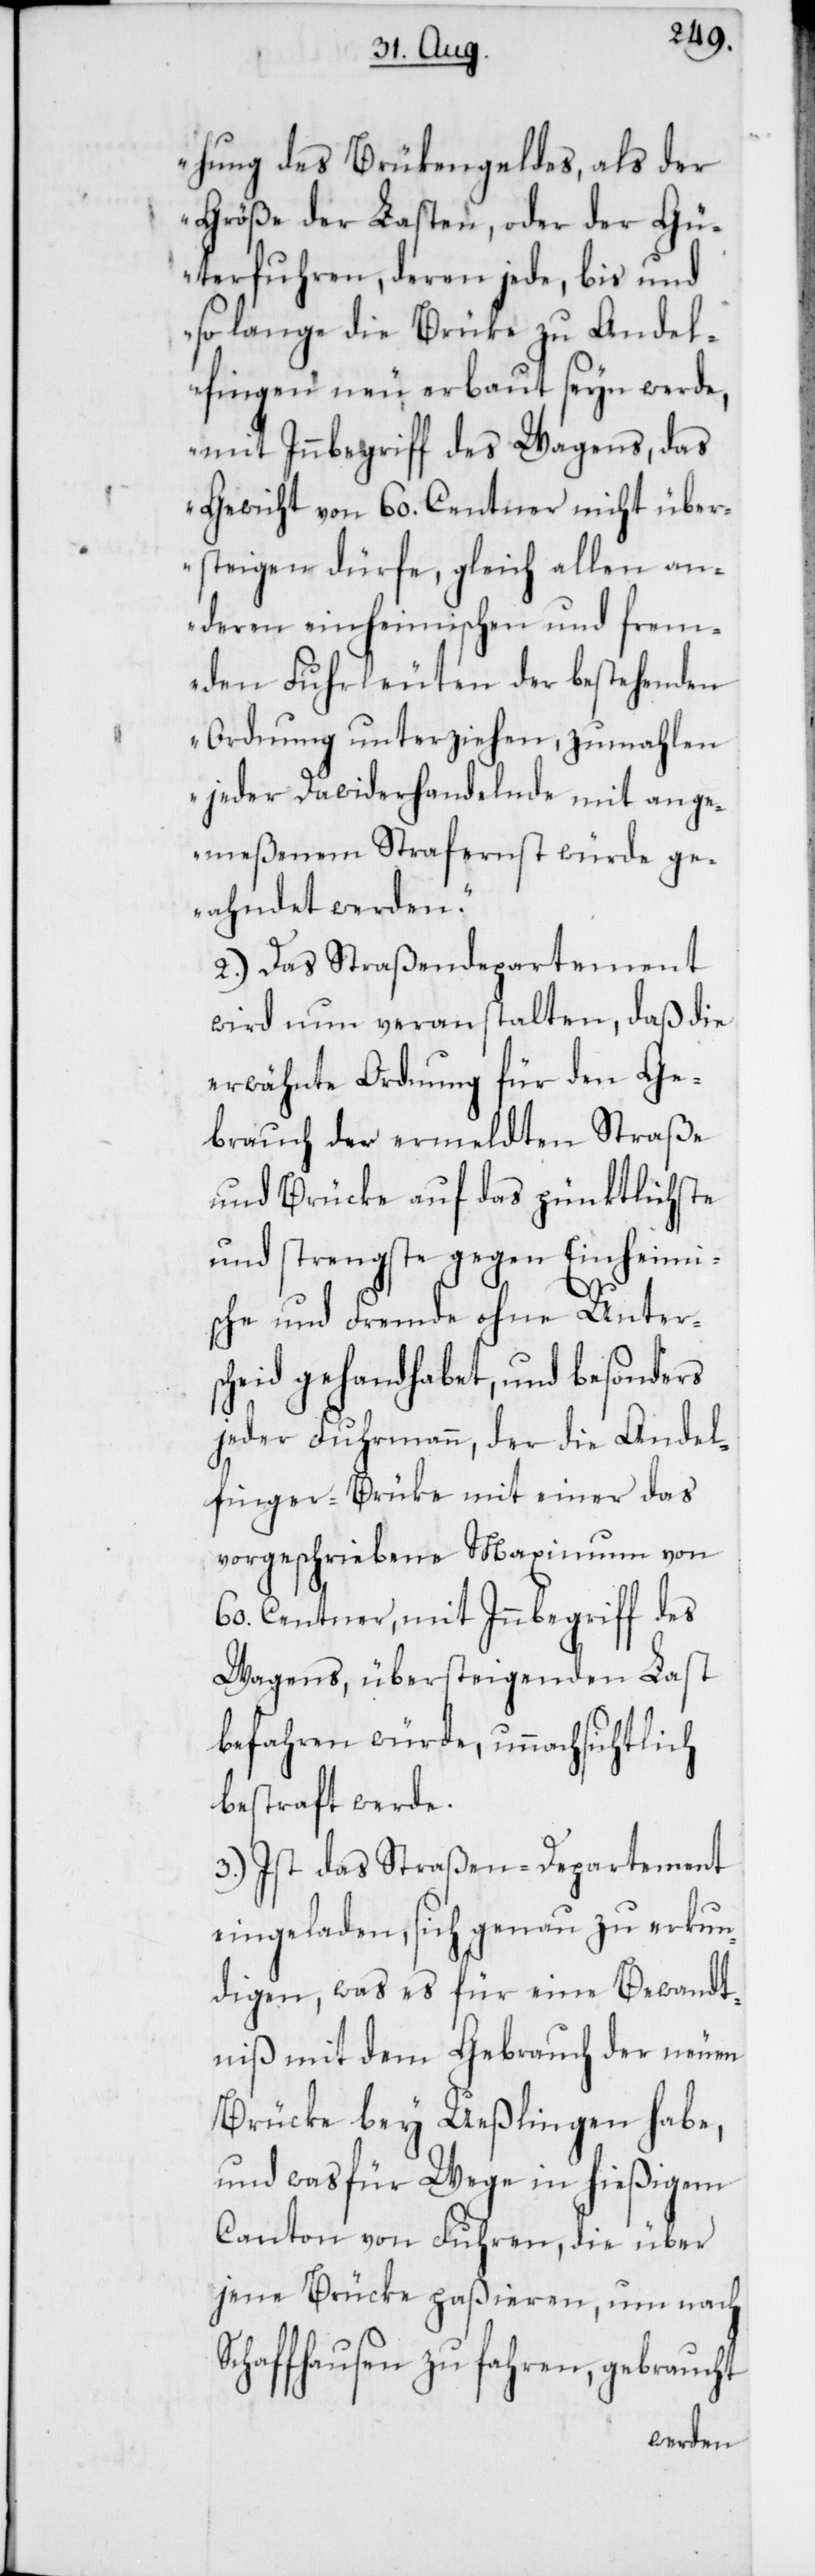
hung des Brükengeldes, als der
Größe der Lasten, oder der Gü¬
terfuhren, deren jede, bis und
so lange die Brüke zu Andel¬
fingen neu erbaut seyn werde,
mit Inbegriff des Wagens, das
Gewicht von 60. Centner nicht über¬
steigen dürfe, gleich allen an¬
deren einheimischen und frem¬
den Fuhrleuten der bestehenden
Ordnung unterziehen, zumahlen
jeder Zuwiderhandelnde mit ange¬
meßenem Strafernst würde ge¬
ahndet werden.“
2.) Das Straßendepartement
wird nun veranstalten, daß die
erwähnte Ordnung für den Ge¬
brauch der ermeldten Straße
und Brücke auf das pünktlichste
und strengste gegen Einheimis¬
che und Fremde ohne Unter¬
scheid gehandhabet, und besonders
jeder Fuhrmann, der die Andel¬
finger-Brüke mit einer das
vorgeschriebene Maximum von
60. Centner, mit Innbegriff des
Wagens, übersteigenden Last
befahren würde, unnachsichtlich
bestraft werde.
3.) Ist das Straßen-Departement
eingeladen, sich genau zu erkun¬
digen, was es für eine Bewandt¬
niß mit dem Gebrauch der neuen
Brücke bey Ueßlingen habe,
und was für Wege in hießigem
Canton von Fuhren, die über
jene Brücke paßieren, um nach
Schaffhausen zu fahren, gebraucht